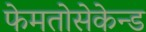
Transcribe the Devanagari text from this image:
फेमतोसेकेन्‍ड